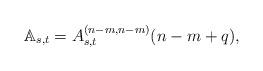
LaTeX: \begin{align*}\mathbb{A}_{s,t}=A_{s,t}^{(n-m,n-m)}(n-m+q),\end{align*}